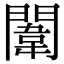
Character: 闈